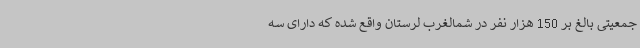
جمعیتی بالغ بر 150 هزار نفر در شمالغرب لرستان واقع شده که دارای سه